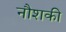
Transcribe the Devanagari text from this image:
नौशकी